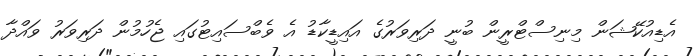
އެޑިއުކޭޝަން މިނިސްޓްރީން ބުނީ ދަރިވަރުގެ އައިޑީކާޑު އެ ވެބްސައިޓުގައި ޖެހުމުން ދަރިވަރު ވައްދާ